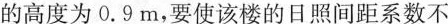
的高度为0. 9m，要使该楼的日照间距系数不